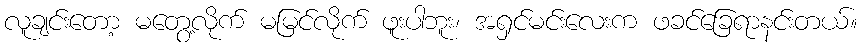
လူချင်းတော့ မတွေ့လိုက် မမြင်လိုက် ဖူးပါဘူး၊ အရှင်မင်းလေးက ဖခင်ခြေရာနင်းတယ်။